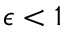
\epsilon < 1